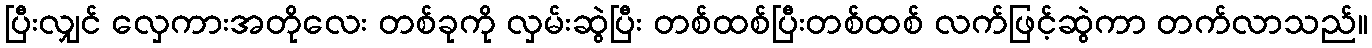
ပြီးလျှင် လှေကားအတိုလေး တစ်ခုကို လှမ်းဆွဲပြီး တစ်ထစ်ပြီးတစ်ထစ် လက်ဖြင့်ဆွဲကာ တက်လာသည်။